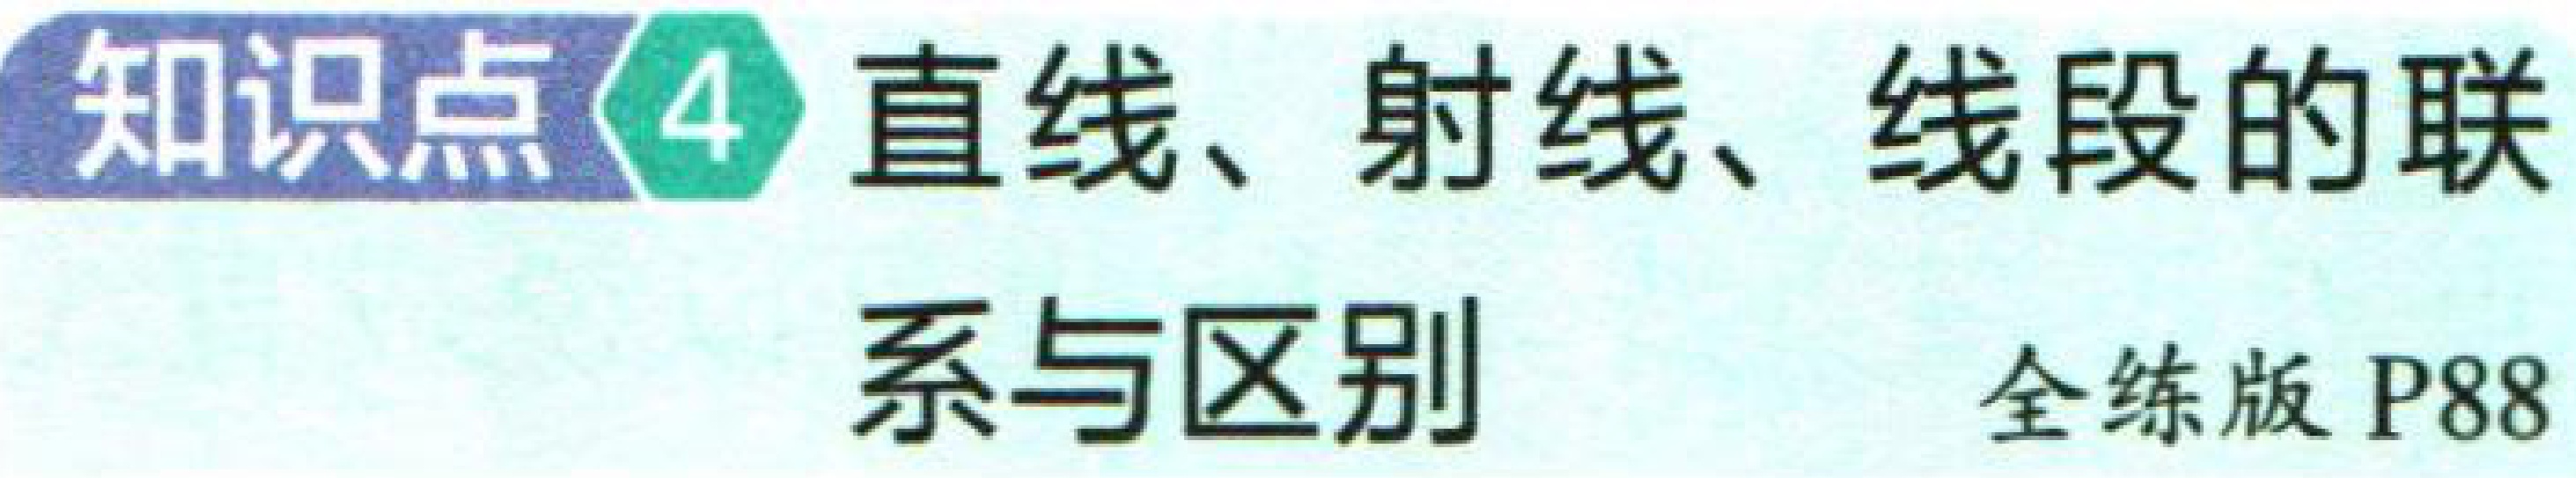
知识点\textcircled{4} 直线、射线、线段的联\\系与区别  全练版 P88